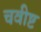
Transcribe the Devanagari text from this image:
चवीष्ट